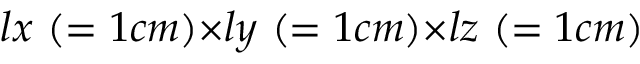
l x ~ ( = 1 c m ) { \times } l y ~ ( = 1 c m ) { \times } l z ~ ( = 1 c m )